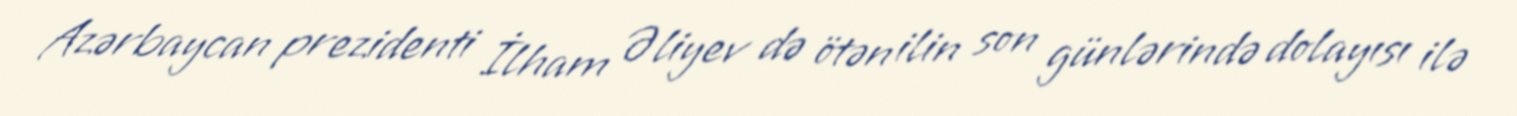
Azərbaycan prezidenti İlham Əliyev də ötən ilin son günlərində dolayısı ilə